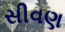
સીવણ